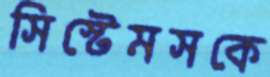
সিস্টেমসকে